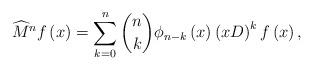
LaTeX: \begin{align*}\widehat{M}^{n}f\left( x\right) =\sum_{k=0}^{n}\binom{n}{k}\phi_{n-k}\left(x\right) \left( xD\right) ^{k}f\left( x\right) , \end{align*}